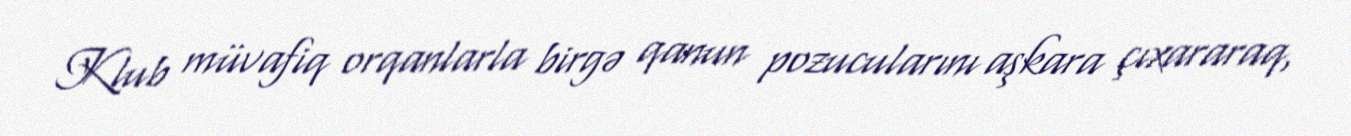
Klub müvafiq orqanlarla birgə qanun pozucularını aşkara çıxararaq,